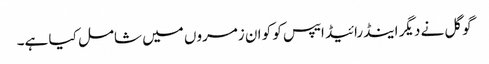
گوگل نے دیگر اینڈرائیڈ ایپس کو کو ان زمروں میں شامل کیا ہے۔